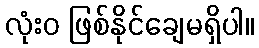
လုံးဝ ဖြစ်နိုင်ချေမရှိပါ။